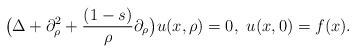
LaTeX: \begin{align*} \big(\Delta+\partial_{\rho}^2+ \frac{(1-s)}{\rho}\partial_\rho \big) u(x,\rho) = 0, \,\, u(x,0) = f(x).\end{align*}